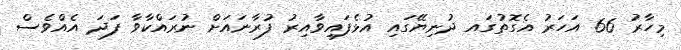
މިހާރު 66 އަހަރު އެގޮތުގައ ދުނިޔޭގައި އުޅެފައިވާއިރު ފުރާނައަށް ނުރައްކާވާ ފަދަ އެއްވެސް